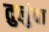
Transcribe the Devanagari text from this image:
तुलुंबा